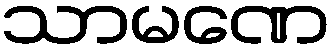
သာမဏေ